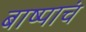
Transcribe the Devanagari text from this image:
बाष्पाचं